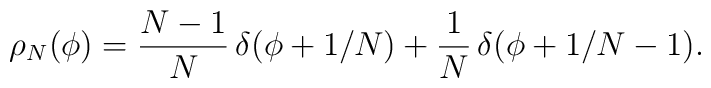
\rho_N(\phi) = {N-1\over N}\, \delta \bigl(\phi + 1/N\bigr) + {1\over N}\,\delta\bigl(\phi + 1/N -1\bigr).